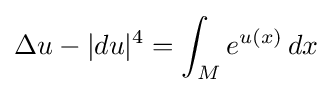
\Delta u-|du|^{4}=\int _{M}e^{u(x)}\,dx